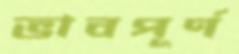
ভাবপূর্ণ